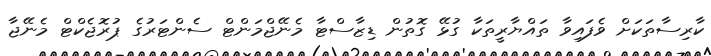
ކާރިސާތަކަށް ވެފައިވާ ތައްޔާރީތަކާ ގުޅޭ ގޮތުން ޑިޒާސްޓާ މެނޭޖްމަންޓް ސެންޓަރުގެ ޕުރޮޖެކްޓް މެނޭޖާ